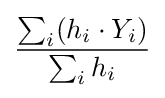
{\frac {\sum _{i}(h_{i}\cdot Y_{i})}{\sum _{i}h_{i}}}